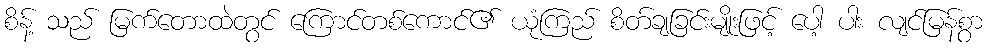
စိန့် သည် မြက်တောထဲတွင် ကြောင်တစ်ကောင်၏ ယုံကြည် စိတ်ချခြင်းမျိုးဖြင့် ပေါ့ ပါး လျင်မြန်စွာ